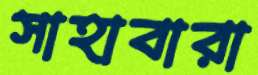
সাহাবারা